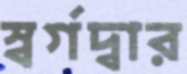
স্বর্গদ্বার